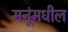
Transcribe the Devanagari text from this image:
मनूंमधील